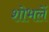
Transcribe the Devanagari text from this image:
शोभलें